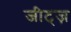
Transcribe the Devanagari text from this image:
जीट्ज़